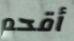
أقحم